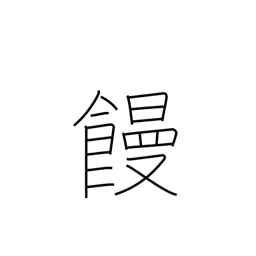
Meaning: manjuu